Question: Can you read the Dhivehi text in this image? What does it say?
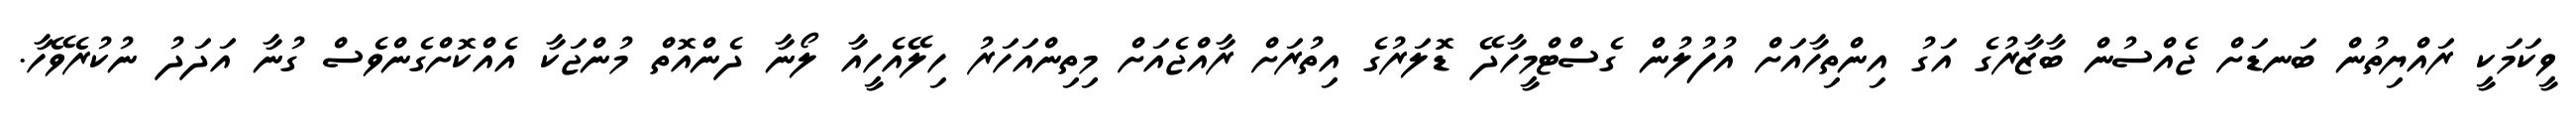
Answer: ވީކަމަކީ ރައްޔިތުން ބަނޑަށް ޖެއްސުން ބާޒާރުގެ އަގު އިންތިހާއަށް އުފުލުން ގެސްޓްމީހާދޭ ޑޮލަރުގެ އިތުރަށް ރާއްޖެއަށް މިތިންއަހަރު ހިލޭއެހީއާ ލޯނާ ދެންއޮތް މުންޖަކާ އެއްކޮށްގެންވެސް ގުނާ އަދަދު ނުކުރެވޭހާ.